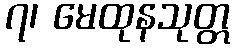
၇၊ မေထုနသုတ္တ